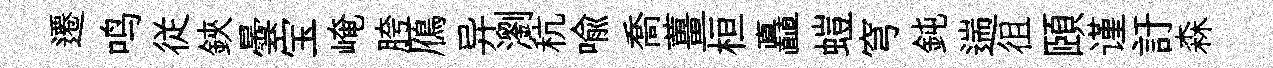
遷鸣従鋏曇宝崦胯鴈异瀏秔喻喬薑桓矗螘穹鈍遄徂頤谨訏森